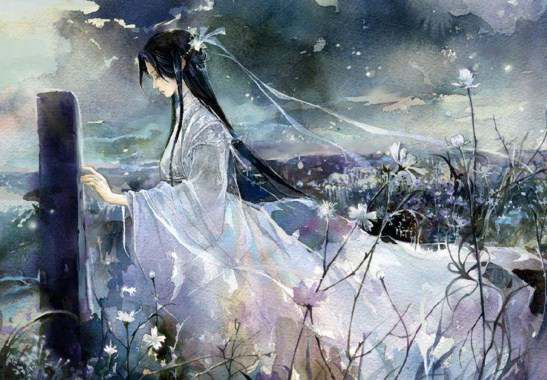
桐花半亩，静锁一庭愁雨。